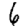
Digit: 6